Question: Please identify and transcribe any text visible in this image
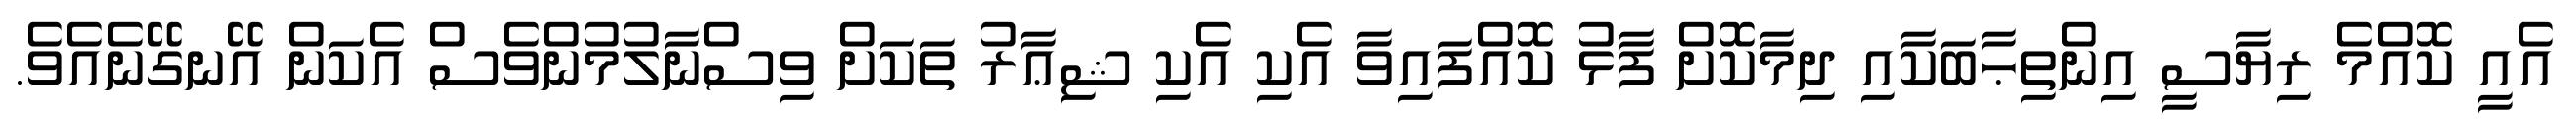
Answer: އެއީ ކޮއްމެ ރިޔާސީ އިންތިޙާބަކާއި ދިމާކޮށް ފާޅު ކޮއްފައިވާ އެކި އެކި ޝިޢާރު ތަކަށް ވިސްނާލުމުންވެސް އެކަން އޭނގޭނެއެވެ.